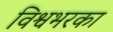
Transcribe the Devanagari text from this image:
विश्वभरका